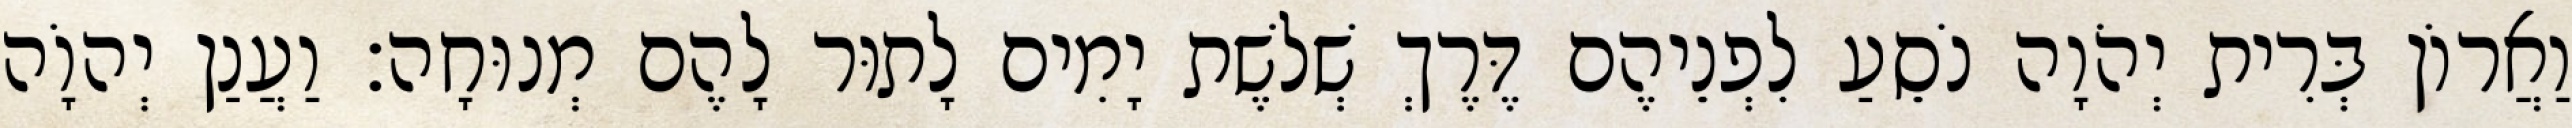
וַאֲרוֹן בְּרִית יְהֹוָה נֹסֵעַ לִפְנֵיהֶם דֶּרֶךְ שְׁלשֶׁת יָמִים לָתוּר לָהֶם מְנוּחָה׃ וַעֲנַן יְהוָֹה